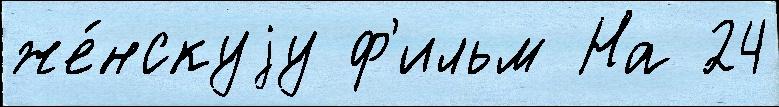
же́нскуjу ф'ильм На 24